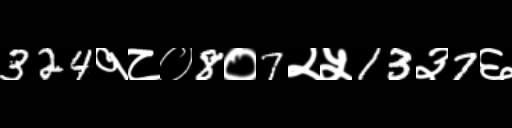
Text: 324१८०8०7२५13३7६